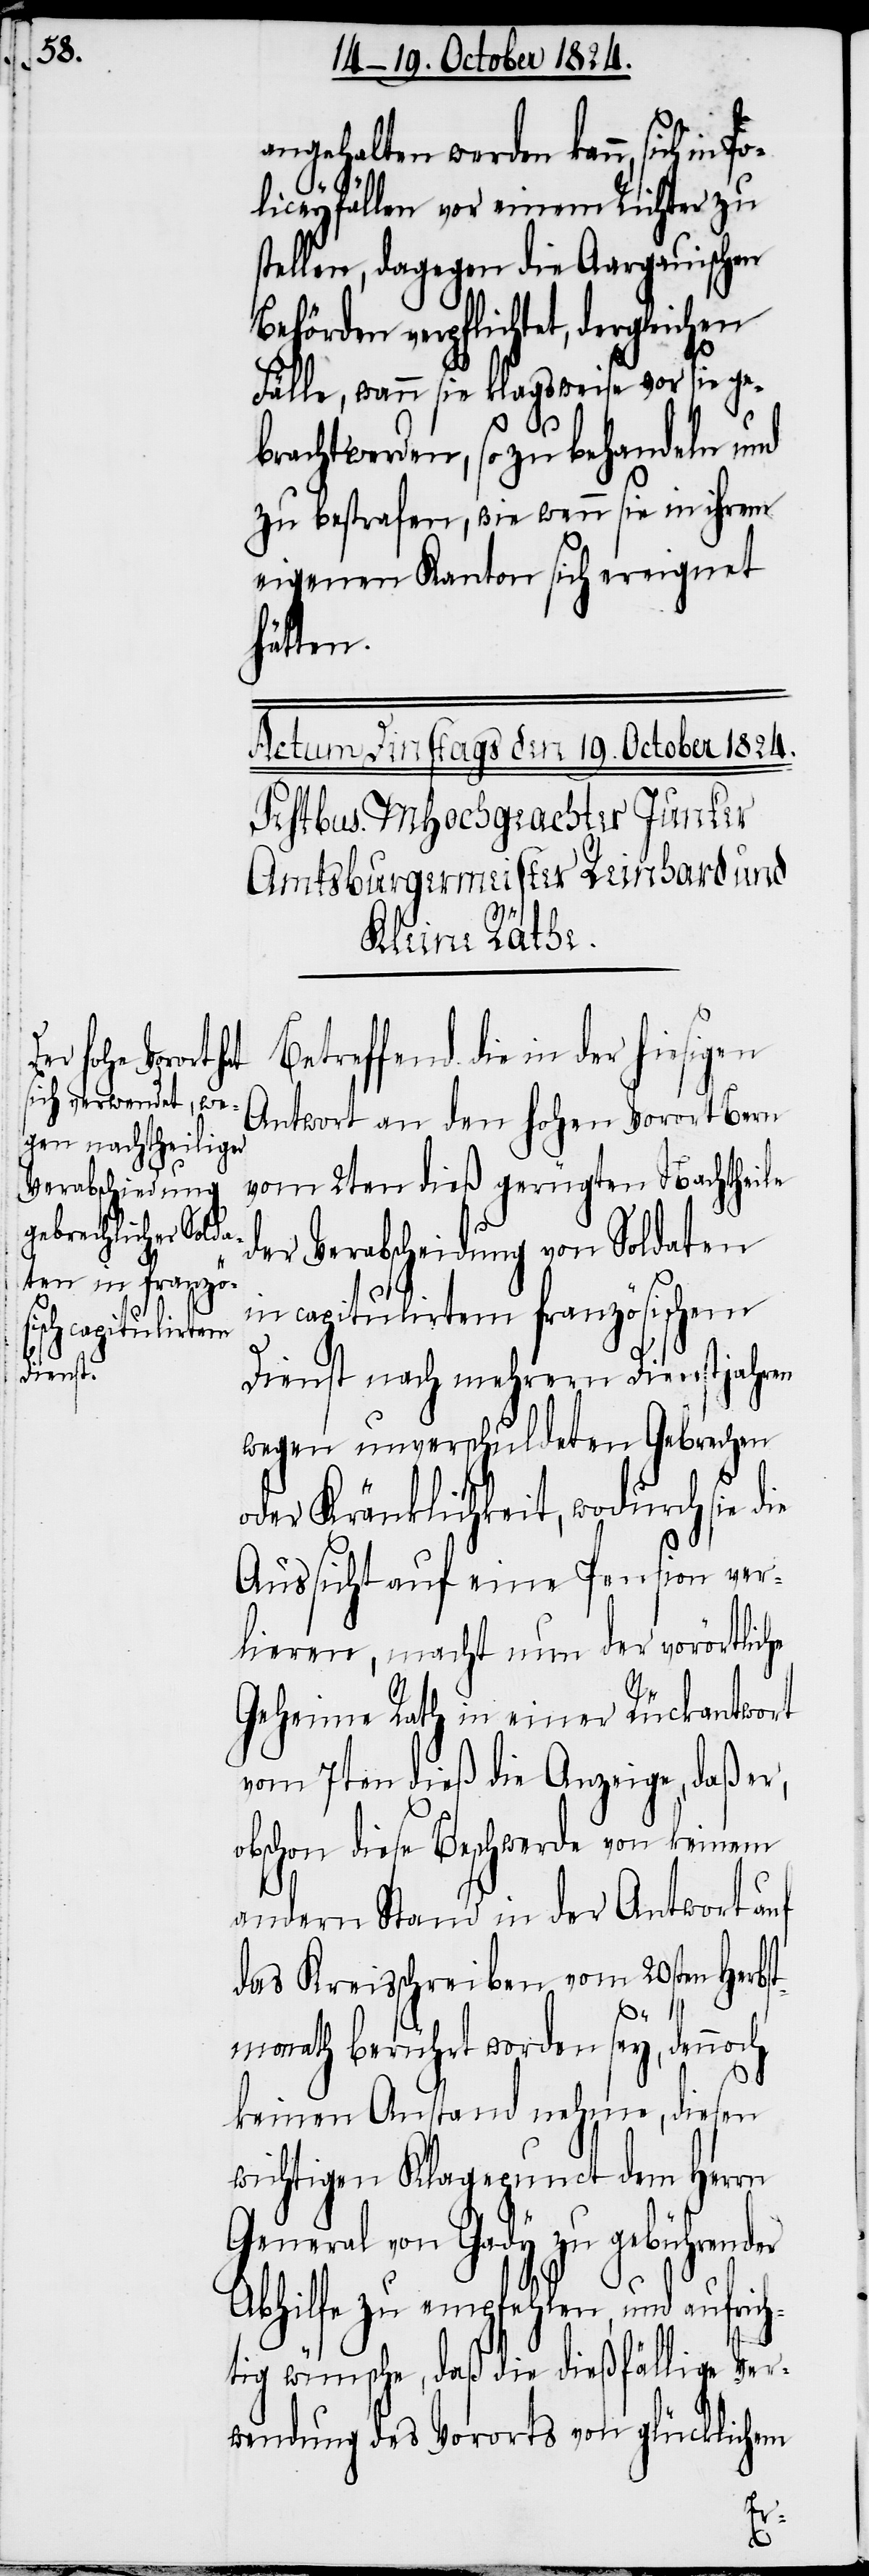
angehalten werden kann, sich in
liceyfällen vor einem Richter zu
tellen, dagegen die Aargauischen
Behörden verpflichtet, dergleichen
Fälle, wann sie klagsweise vor sie ge¬
bracht werden, so zu behandeln und
zu bestrafen, wie wenn sie in ihrem
eigenen Kanton sich ereignet
hätten.
Betreffend die in der hiesigen
Antwort an den hohen Vorort Bern
vom 2ten dieß gerügten Nachtheile
der Verabscheidung von Soldaten
in capitulirtem französischem
Dienst nach mehrern Dienstjahren
wegen unverschuldeten Gebrechen
oder Kränklichkeit, wodurch sie die
Aussicht auf eine Pension ver¬
lieren, macht nun der vorörtliche
Geheime Rath in einer Rückantwort
vom 7ten dieß die Anzeige, daß er,
obschon diese Beschwerde von keinem
andern Stand in der Antwort auf
das Kreisschreiben vom 20sten Herbs¬
tmonath berührt worden sey, dennoch
keinen Anstand nehme, diesen
wichtigen Klagepunct dem Herrn
General von Gady zu gebührender
Abhilfe zu empfehlen, und aufric¬
htig wünsche, daß die dießfällige Ver¬
wendung des Vororts von glücklichem
s¬